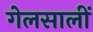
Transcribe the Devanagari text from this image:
गेलसालीं